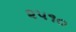
૨૫૧૦